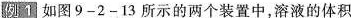
如图9-2-13所示的两个装置中，溶液的体积